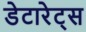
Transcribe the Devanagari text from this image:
डेटारेट्स